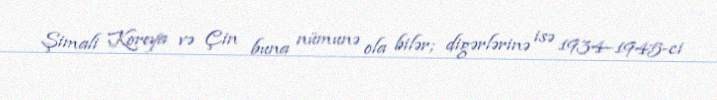
Şimali Koreya və Çin buna nümunə ola bilər; digərlərinə isə 1934–1945-ci